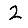
Digit: 2